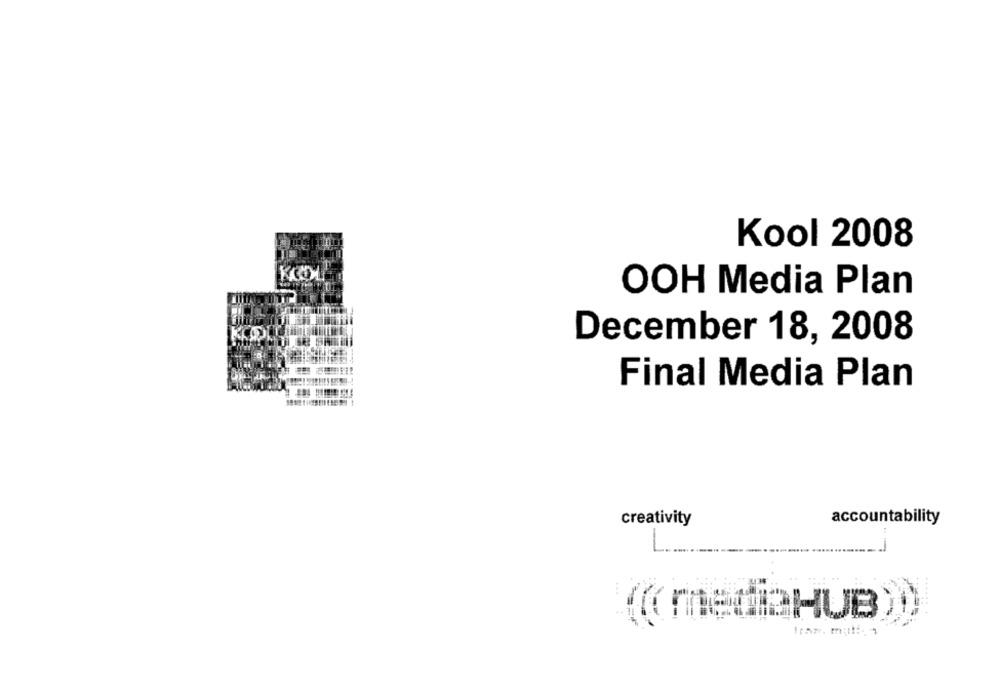
Kool 2008
OOH Media Plan
December 18, 2008
Final Media Plan
creativity
accountability
---
( mediaHUB
****** +